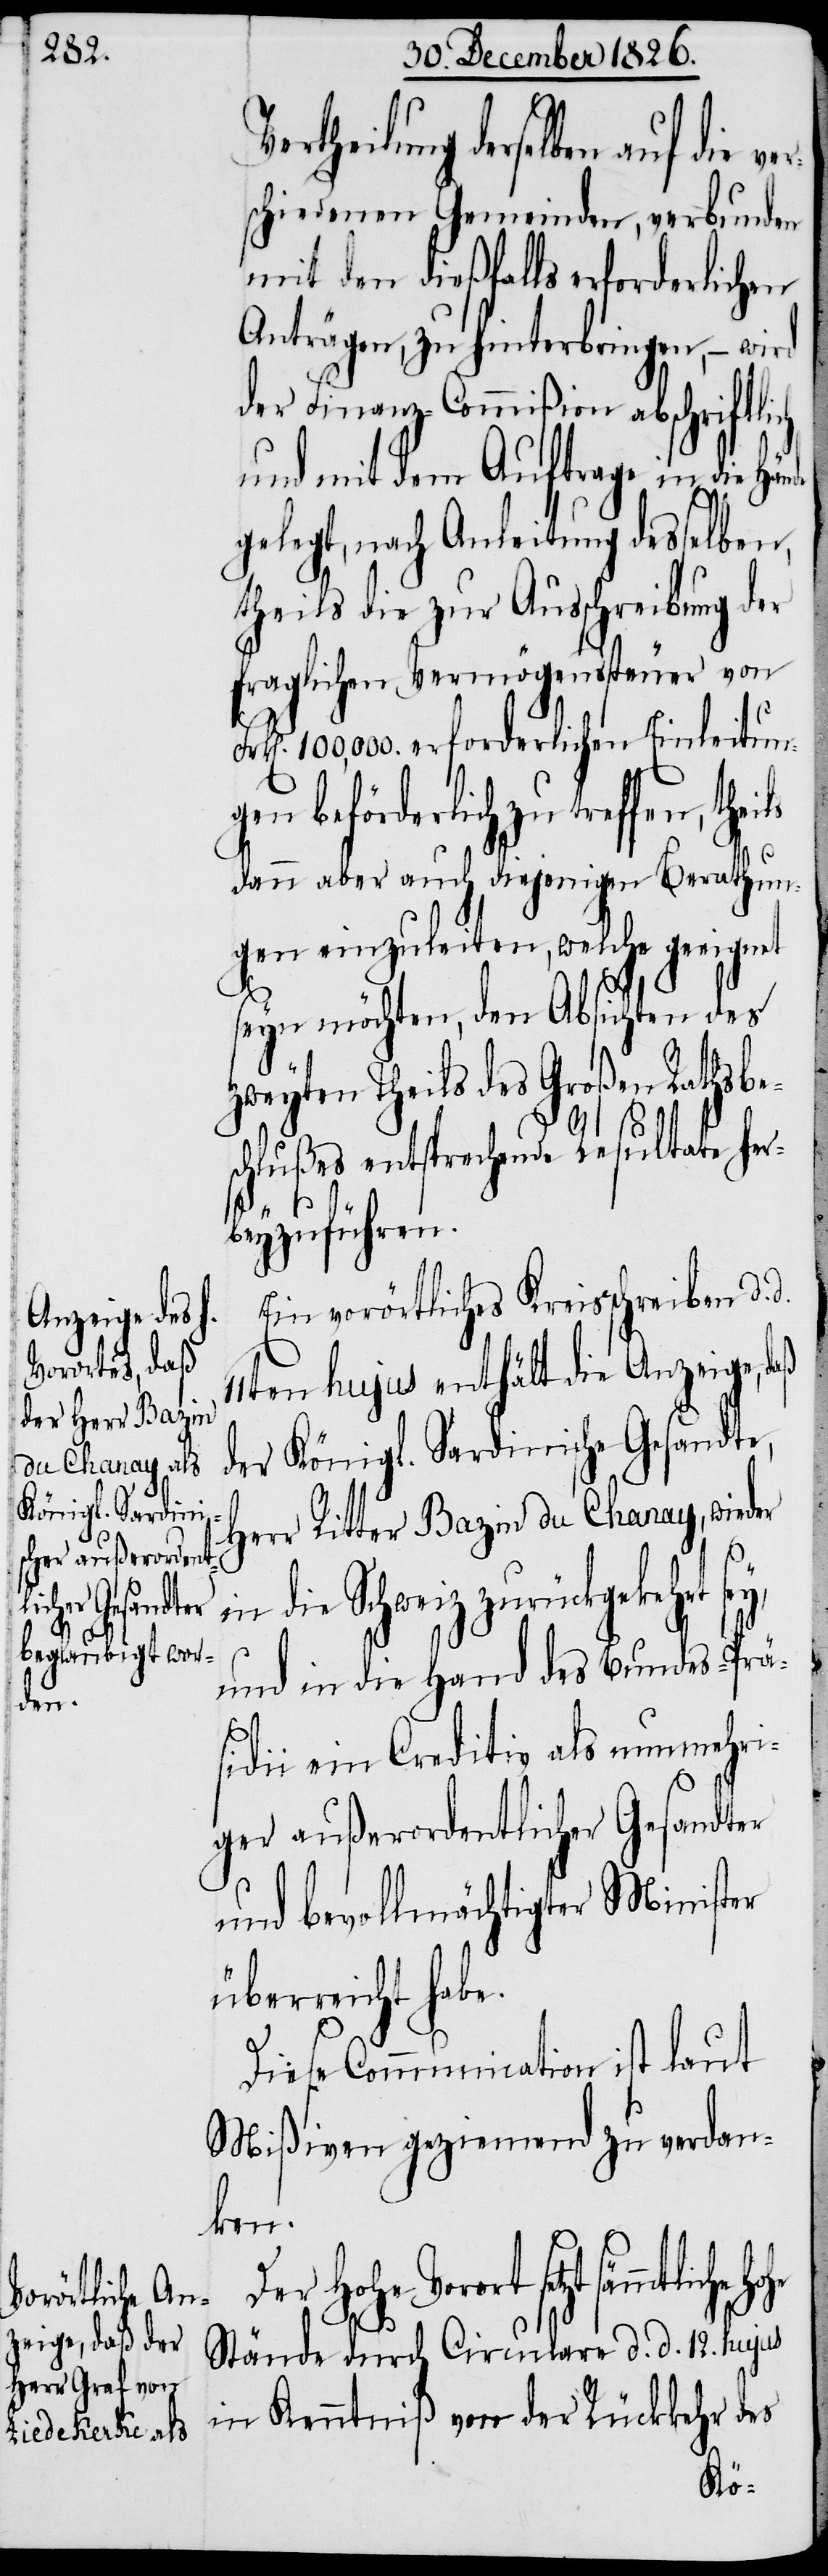
ertheilung derselben auf die
schiedenen Gemeinden, verbunden
mit den dießfalls erforderlichen
Anträgen, zu hinterbringen, – wird
der Finanz-Commißion abschriftlich
und mit dem Auftrage in die
gelegt, nach Anleitung desselben,
theils die zur Ausschreibung der
fraglichen Vermögenssteuer von
100 000. erforderlichen Einleitun¬
gen beförderlich zu treffen,
Berathun¬
dann aber auch diejenigen
gen einzuleiten, welche geeignet
seyn möchten, den Absichten des
athsbe¬
zweyten Theils des Großen
chlußes entsprechende Resultate h¬
beyzuführen.
Ein vorörtliches Kreisschreiben d.
11ten hujus enthält die Anzeige,
der Königl. Sardinische Gesandte,
Herr Ritter Bazin du Chanay, wieder
er¬
in die Schweiz zurückgekehrt
d.
und in die Hand des Bundes-Prä¬
sidii ein Creditiv als nunmehri¬
ger außerordentlicher Gesandter
und bevollmächtigter Minister
überreicht habe.
Diese Communication ist laut
Mißiven geziemend zu verdan¬
ken.
Vorort setzt sämmtliche
Stände durch Circulare d. d. 12. hujus
in Kenntniß von der Rückkehr des